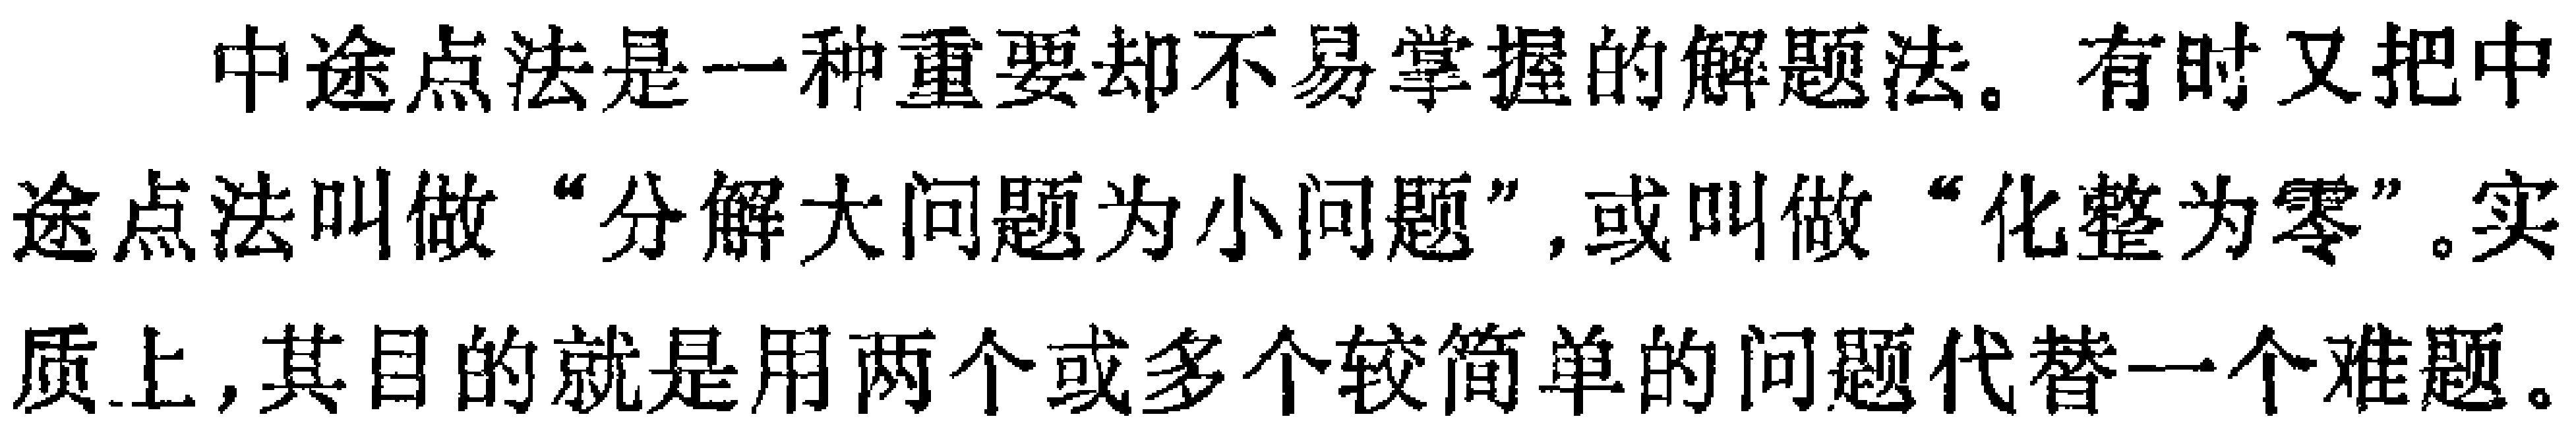
中途点法是一种重要却不易掌握的解题法。有时又把中途点法叫做“分解大问题为小问题”,或叫做“化整为零”。实质上,其目的就是用两个或多个较简单的问题代替一个难题。